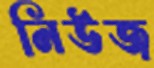
নিউজ